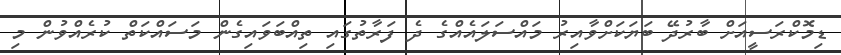
ޑިމޮކްރަސީއަށް ބާރުދޭ ބަޔަކަށްވާއިރު މައްސަލައެއްގެ ދެ ފަރާތުގައި ތިއްބަވައިގެން މަސައްކަތް ކުރެއްވުން މި